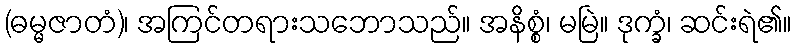
(ဓမ္မဇာတံ)၊ အကြင်တရားသဘောသည်။ အနိစ္စံ၊ မမြဲ။ ဒုက္ခံ၊ ဆင်းရဲ၏။